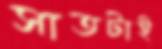
সাতটাই